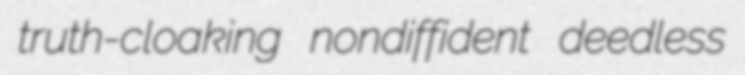
truth-cloaking nondiffident deedless